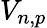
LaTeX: V_{n,p}